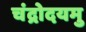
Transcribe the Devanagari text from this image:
चंद्रोदयमु